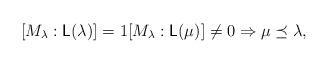
LaTeX: \begin{align*}[M_\lambda : \mathsf{L}(\lambda)]=1 [M_\lambda : \mathsf{L}(\mu)] \neq 0 \Rightarrow \mu \preceq \lambda,\end{align*}